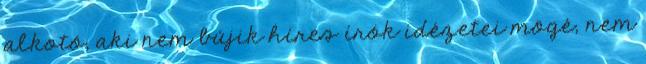
alkotó, aki nem bújik híres írók idézetei mögé, nem